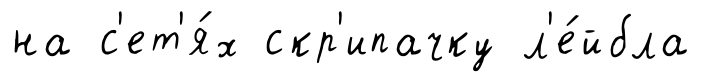
на с'ет'я́х скр'ипачку л'е́йбла